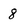
Character: 8